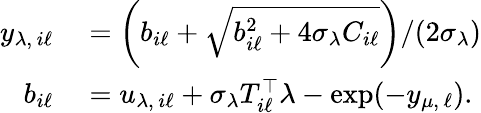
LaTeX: \begin{array}{rl}{y_{\lambda,\, i\ell}}&{{}=\left(b_{i\ell}+\sqrt{b_{i\ell}^{2}+4\sigma_{\lambda}C_{i\ell}}\right)/(2\sigma_{\lambda})}\\ {b_{i\ell}}&{{}=u_{\lambda,\, i\ell}+\sigma_{\lambda}T_{i\ell}^{\top}\lambda-\exp(-y_{\mu,\, \ell}).}\end{array}